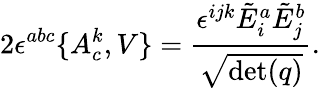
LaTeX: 2\epsilon^{abc}\{ A_{c}^{k},V\} ={\frac{\epsilon^{ijk}{\tilde{E}}_{i}^{a}{\tilde{E}}_{j}^{b}}{\sqrt{\operatorname*{det}(q)}}}.